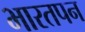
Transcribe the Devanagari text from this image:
भारतपन